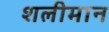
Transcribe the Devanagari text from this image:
शलीमान